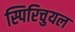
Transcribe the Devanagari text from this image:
स्पिरिचुयल